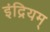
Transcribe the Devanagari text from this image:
इंद्रियम्